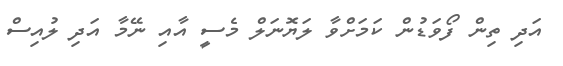
އަދި ތިން ފޯވަޑުން ކަމަށްވާ ލަޔޮނަލް މެސީ އާއި ނޭމާ އަދި ލުއިސް